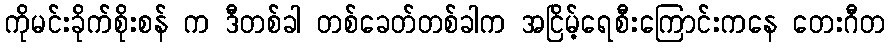
ကိုမင်းခိုက်စိုးစန် က ဒီတစ်ခါ တစ်ခေတ်တစ်ခါက အငြိမ့်ရေစီးကြောင်းကနေ တေးဂီတ